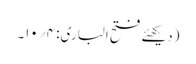
(دیکھئے فتح الباری: ۴؍۱۰۔